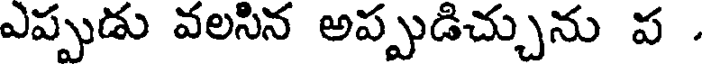
ఎప్పుడు వలసిన అప్పుడిచ్చును ప .